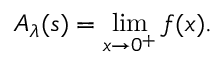
A _ { \lambda } ( s ) = \operatorname* { l i m } _ { x \rightarrow 0 ^ { + } } f ( x ) .